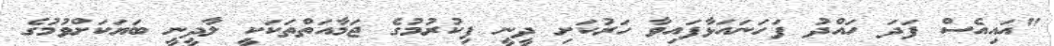
"އައިއެސް ފަދަ ހައްދު ފަހަނައަޅާފައިވާ ހަރުކަށި ދީނީ ފިކުރުމުގެ ޖަމާއަތްތަކަކީ ލާދީނީ ބަޔަކަށްވުމުގެ